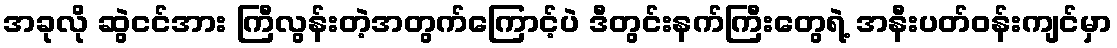
အခုလို ဆွဲငင်အား ကြီလွန်းတဲ့အတွက်ကြောင့်ပဲ ဒီတွင်းနက်ကြီးတွေရဲ့ အနီးပတ်ဝန်းကျင်မှာ